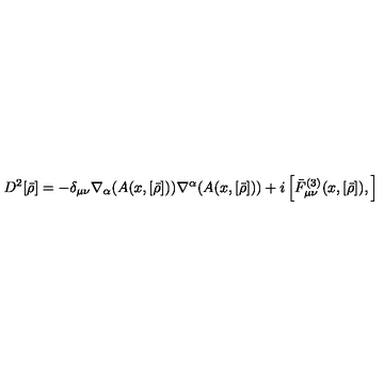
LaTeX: D ^ { 2 } [ \bar { \rho } ] = - \delta _ { \mu \nu } \nabla _ { \alpha } ( A ( x , [ \bar { \rho } ] ) ) \nabla ^ { \alpha } ( A ( x , [ \bar { \rho } ] ) ) + i \left[ { \bar { F } } _ { \mu \nu } ^ { ( 3 ) } ( x , [ \bar { \rho } ] ) , \right]